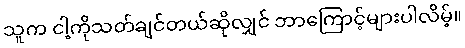
သူက ငါ့ကိုသတ်ချင်တယ်ဆိုလျှင် ဘာကြောင့်များပါလိမ့်။